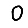
Digit: 0